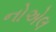
નોએલ